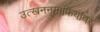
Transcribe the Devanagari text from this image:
उत्खननमाफियांवर